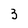
Character: 3